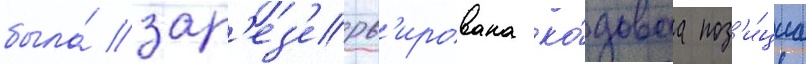
была́ зар'ез'ерв'ирована ко́доваа поз'и́циа